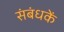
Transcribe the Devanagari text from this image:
संबंधकें